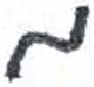
אות: מ